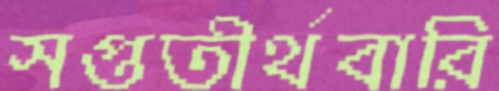
সপ্ততীর্থবারি